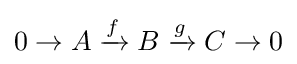
0\to A\xrightarrow {f} B\xrightarrow {g} C\to 0